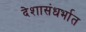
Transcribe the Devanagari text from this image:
देशासंधर्भात